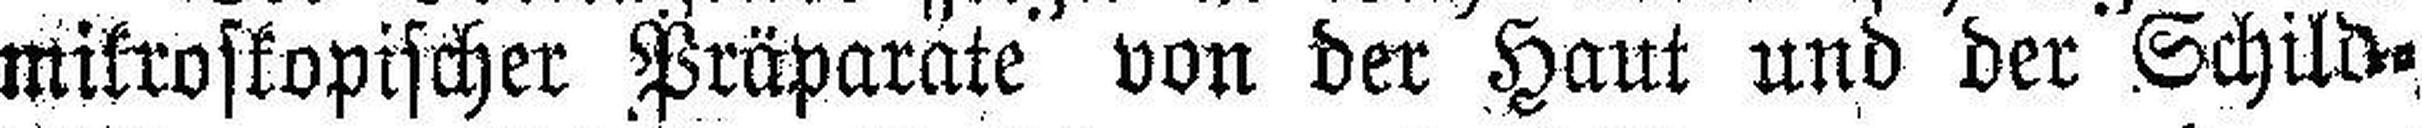
mikroskopischer Präparate von der Haut und der Schild¬